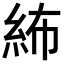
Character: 𥿠